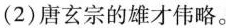
(2)唐玄宗的雄才伟略。